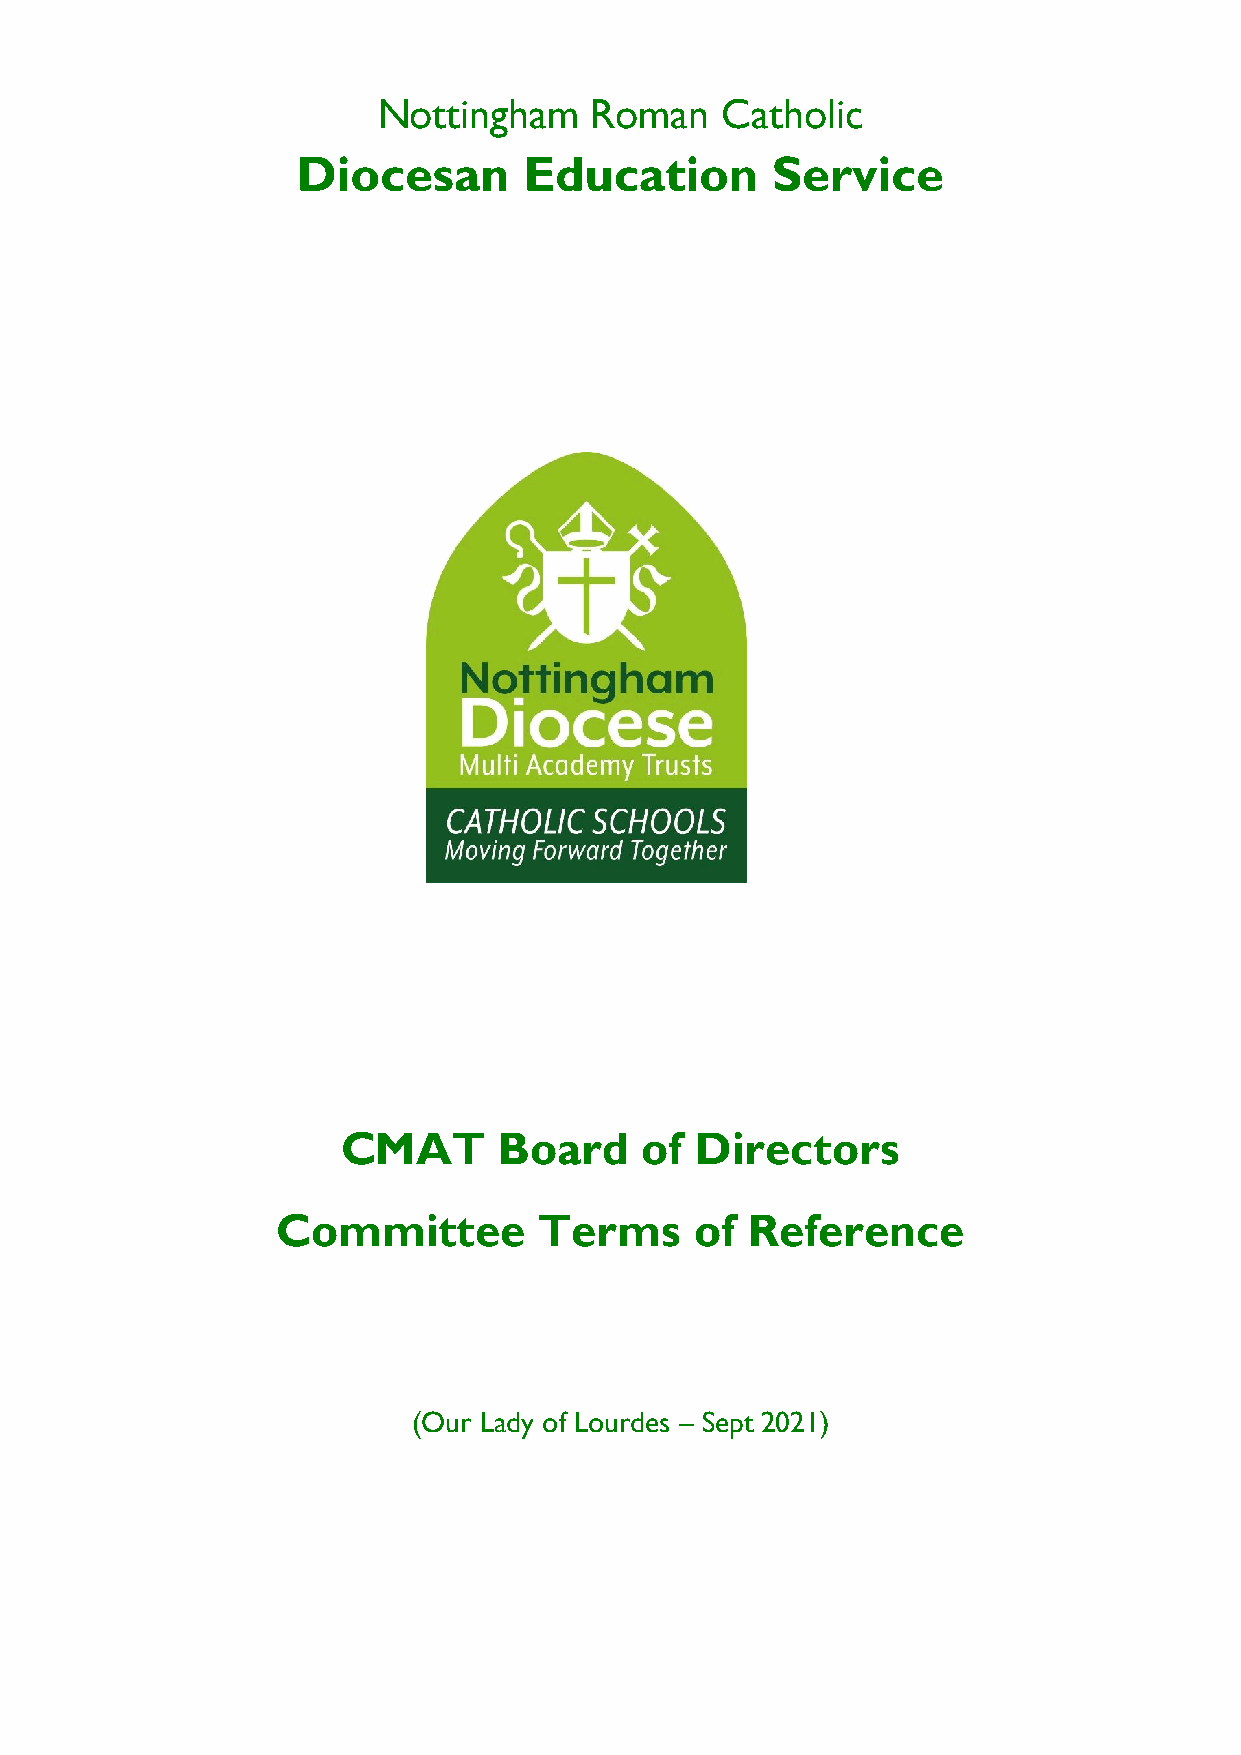
Nottingham    Roman    Catholic
 Diocesan       Education       Service
 CMAT      Board    of  Directors
 Committee         Terms     of Reference
 (Our Lady of Lourdes – Sept 2021)